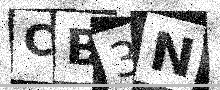
Text: CB3N